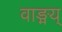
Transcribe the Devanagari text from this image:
वाङ्मय्